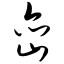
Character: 峦